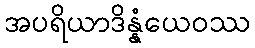
အပရိယာဒိန္နံယေဝဿ